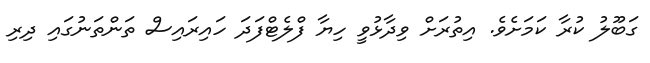
ގަބޫލު ކުރާ ކަަމަށެވެ. އިތުރަށް ވިދާޅުވީ ހިޔާ ފްލެޓްފަދަ ހައިރައިސް ތަންތަނުގައި ދިރި